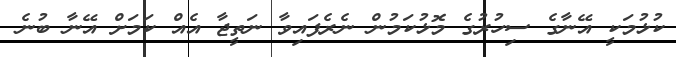
ކުޅުމަކީ އޭނާގެ ސިހުރުގެ މޮޅުކަމުން ނެރެފައިވާ ނަތީޖާ އެއް ކަމަށް އޭނާ ބުނެ